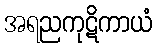
အရညကုဋိကာယံ